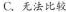
C.无法比较